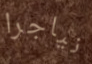
نياجرا